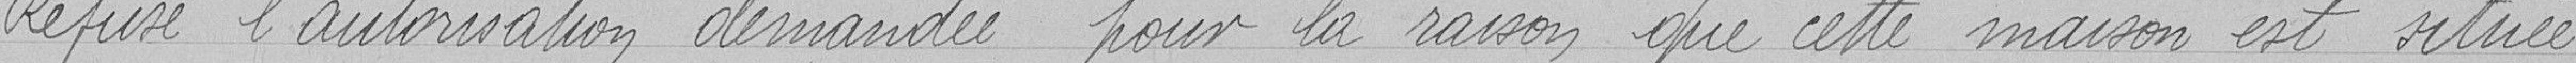
Refuse l'autorisation demandée pour la raison que cette maison est située